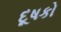
દૂષકો